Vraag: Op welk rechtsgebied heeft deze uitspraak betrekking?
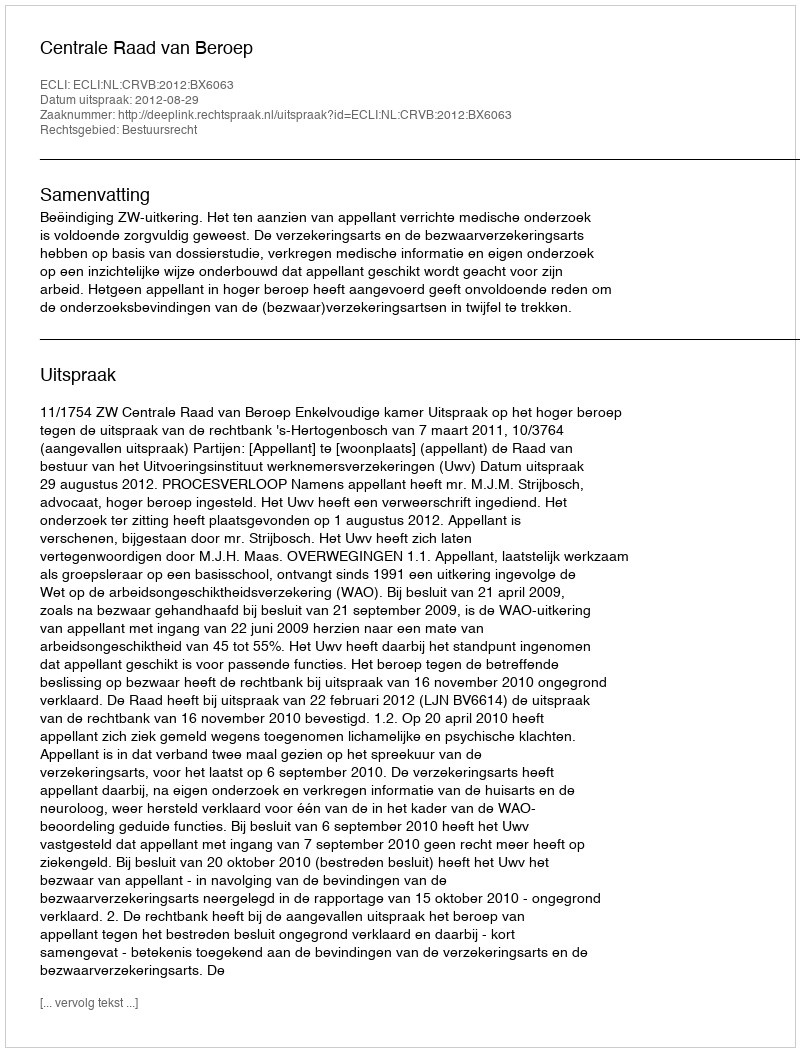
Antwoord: Bestuursrecht